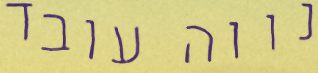
נווה עובד